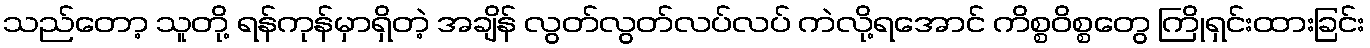
သည်တော့ သူတို့ ရန်ကုန်မှာရှိတဲ့ အချိန် လွတ်လွတ်လပ်လပ် ကဲလို့ရအောင် ကိစ္စဝိစ္စတွေ ကြိုရှင်းထားခြင်း